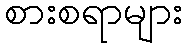
စားစရာများ